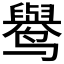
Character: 𱊭